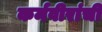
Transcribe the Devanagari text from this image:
कर्मवीरांची